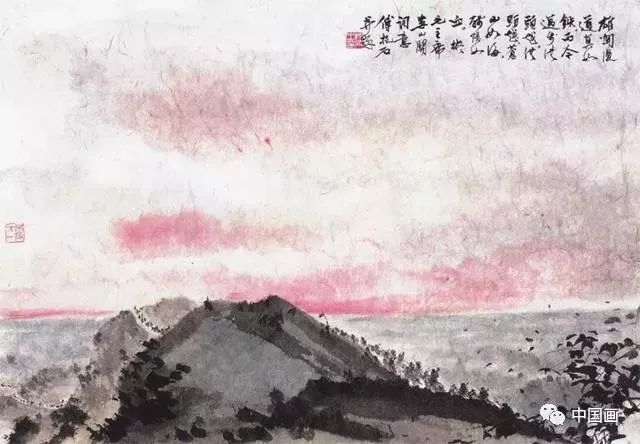
西风烈，长空雁叫霜晨月。